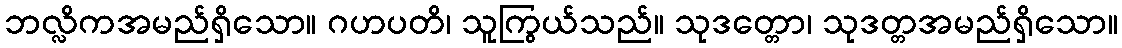
ဘလ္လိကအမည်ရှိသော။ ဂဟပတိ၊ သူကြွယ်သည်။ သုဒတ္တော၊ သုဒတ္တအမည်ရှိသော။